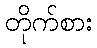
တိုက်စား